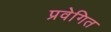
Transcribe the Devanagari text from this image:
प्रवेगित